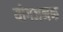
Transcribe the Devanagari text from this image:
योगजनक